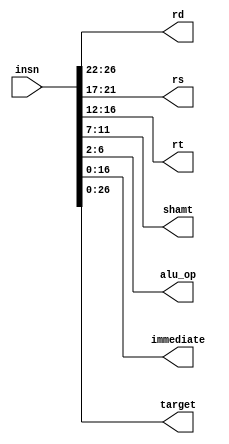
module insn_signals(insn, rd, rs, rt, shamt, alu_op, immediate, target);

input [31:0] insn;

output [4:0] rd, rs, rt, shamt, alu_op;
output [16:0] immediate;
output [26:0] target;

assign rd = insn[26:22];
assign rs = insn[21:17];
assign rt = insn[16:12];

assign shamt = insn[11:7];
assign alu_op = insn[6:2];

assign immediate = insn[16:0];
assign target = insn[26:0];

endmodule